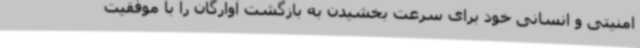
امنیتی و انسانی خود برای سرعت بخشیدن به بازگشت آوارگان را با موفقیت